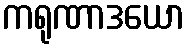
ကရုဏာဒယော